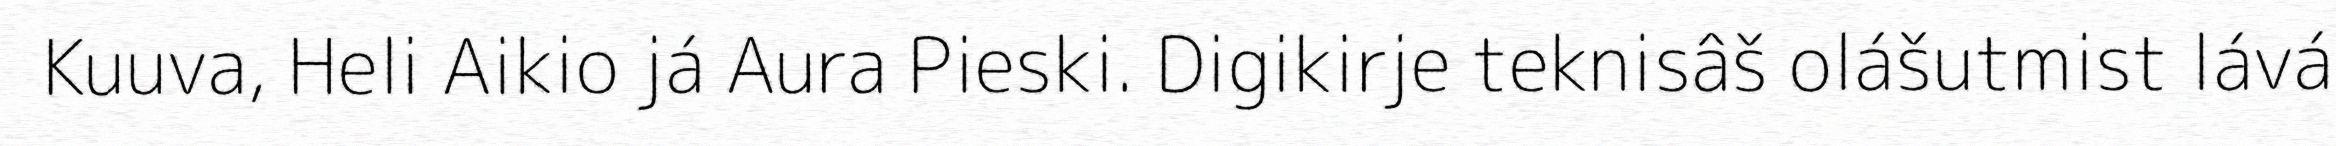
Kuuva, Heli Aikio já Aura Pieski. Digikirje teknisâš olášutmist lává